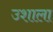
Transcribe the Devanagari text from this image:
उशाला